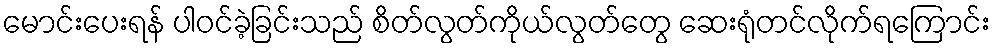
မောင်းပေးရန် ပါဝင်ခဲ့ခြင်းသည် စိတ်လွတ်ကိုယ်လွတ်တွေ ဆေးရုံတင်လိုက်ရကြောင်း